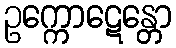
ဥက္ကောဋေန္တော